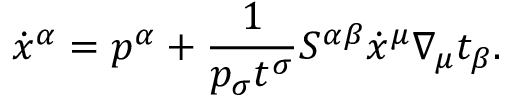
\dot { x } ^ { \alpha } = p ^ { \alpha } + \frac { 1 } { p _ { \sigma } t ^ { \sigma } } S ^ { \alpha \beta } \dot { x } ^ { \mu } \nabla _ { \mu } t _ { \beta } .